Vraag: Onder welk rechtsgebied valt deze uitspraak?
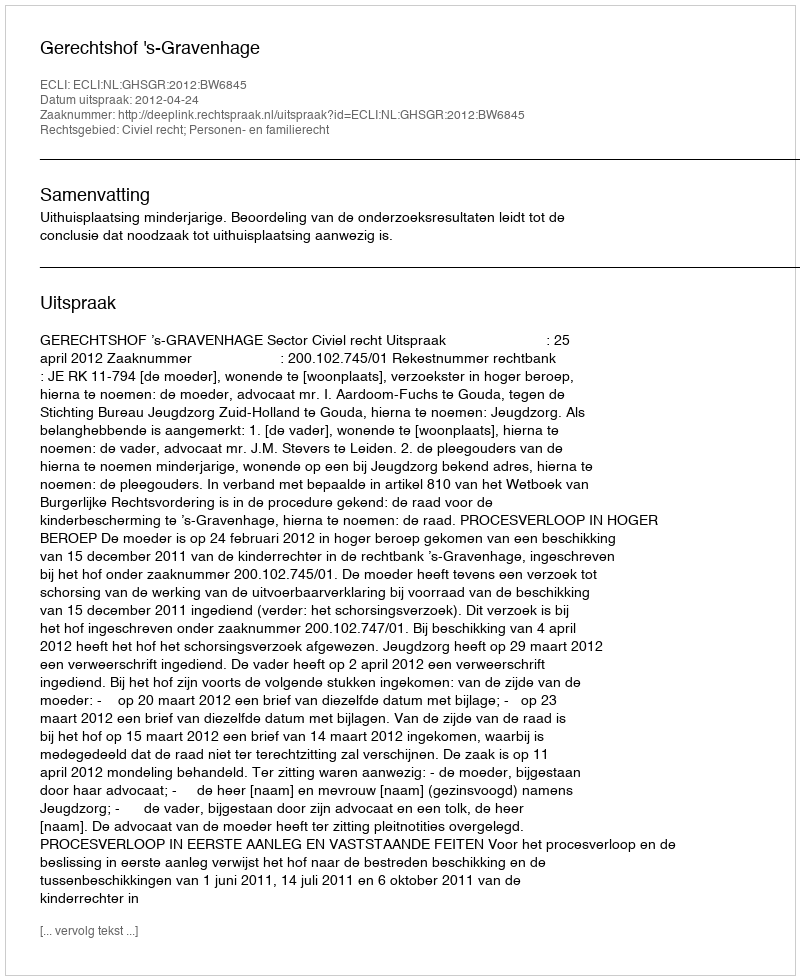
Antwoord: Civiel recht; Personen- en familierecht